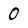
Character: 0